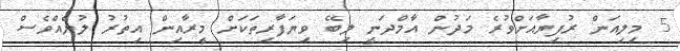
5 މިލިއަން ރުފިޔާއަށްވުރެ މަދުން އާމްދަނީ ލިބޭ ވިޔަފާރިތަކަށް މީރާއިން އިތުރު ލުޔެއްވެސް